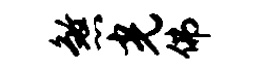
煞光佛